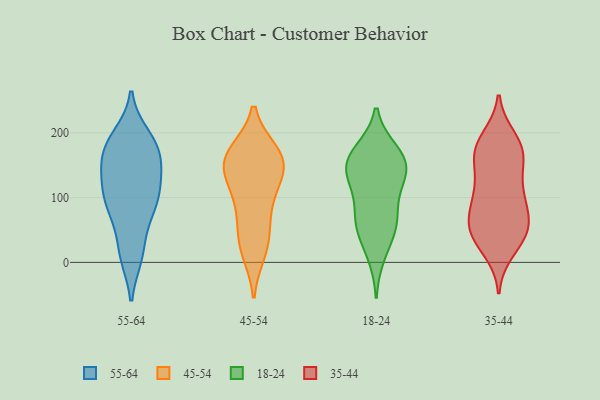
{"axis": {"x": "Production Output", "y": "Value"}, "legend": ["18-24", "35-44", "45-54", "55-64"], "data": [{"x": "", "y": 113, "type": "55-64"}, {"x": "", "y": 14, "type": "55-64"}, {"x": "", "y": 184, "type": "55-64"}, {"x": "", "y": 76, "type": "55-64"}, {"x": "", "y": 184, "type": "55-64"}, {"x": "", "y": 16, "type": "55-64"}, {"x": "", "y": 161, "type": "55-64"}, {"x": "", "y": 104, "type": "55-64"}, {"x": "", "y": 117, "type": "55-64"}, {"x": "", "y": 194, "type": "55-64"}, {"x": "", "y": 151, "type": "55-64"}, {"x": "", "y": 138, "type": "55-64"}, {"x": "", "y": 11, "type": "55-64"}, {"x": "", "y": 87, "type": "55-64"}, {"x": "", "y": 177, "type": "55-64"}, {"x": "", "y": 77, "type": "55-64"}, {"x": "", "y": 88, "type": "55-64"}, {"x": "", "y": 138, "type": "55-64"}, {"x": "", "y": 177, "type": "55-64"}, {"x": "", "y": 167, "type": "45-54"}, {"x": "", "y": 97, "type": "45-54"}, {"x": "", "y": 156, "type": "45-54"}, {"x": "", "y": 170, "type": "45-54"}, {"x": "", "y": 40, "type": "45-54"}, {"x": "", "y": 131, "type": "45-54"}, {"x": "", "y": 135, "type": "45-54"}, {"x": "", "y": 158, "type": "45-54"}, {"x": "", "y": 63, "type": "45-54"}, {"x": "", "y": 22, "type": "45-54"}, {"x": "", "y": 16, "type": "45-54"}, {"x": "", "y": 94, "type": "45-54"}, {"x": "", "y": 169, "type": "45-54"}, {"x": "", "y": 144, "type": "45-54"}, {"x": "", "y": 168, "type": "18-24"}, {"x": "", "y": 134, "type": "18-24"}, {"x": "", "y": 53, "type": "18-24"}, {"x": "", "y": 148, "type": "18-24"}, {"x": "", "y": 74, "type": "18-24"}, {"x": "", "y": 147, "type": "18-24"}, {"x": "", "y": 133, "type": "18-24"}, {"x": "", "y": 160, "type": "18-24"}, {"x": "", "y": 51, "type": "18-24"}, {"x": "", "y": 171, "type": "18-24"}, {"x": "", "y": 67, "type": "18-24"}, {"x": "", "y": 12, "type": "18-24"}, {"x": "", "y": 108, "type": "18-24"}, {"x": "", "y": 31, "type": "35-44"}, {"x": "", "y": 19, "type": "35-44"}, {"x": "", "y": 175, "type": "35-44"}, {"x": "", "y": 95, "type": "35-44"}, {"x": "", "y": 160, "type": "35-44"}, {"x": "", "y": 97, "type": "35-44"}, {"x": "", "y": 54, "type": "35-44"}, {"x": "", "y": 61, "type": "35-44"}, {"x": "", "y": 111, "type": "35-44"}, {"x": "", "y": 181, "type": "35-44"}, {"x": "", "y": 47, "type": "35-44"}, {"x": "", "y": 120, "type": "35-44"}, {"x": "", "y": 49, "type": "35-44"}, {"x": "", "y": 48, "type": "35-44"}, {"x": "", "y": 177, "type": "35-44"}, {"x": "", "y": 61, "type": "35-44"}, {"x": "", "y": 155, "type": "35-44"}, {"x": "", "y": 167, "type": "35-44"}, {"x": "", "y": 97, "type": "35-44"}, {"x": "", "y": 191, "type": "35-44"}]}